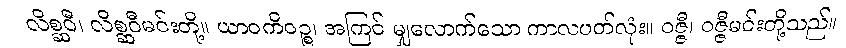
လိစ္ဆဝီ၊ လိစ္ဆဝီမင်းတို့။ ယာဝကိဝဉ္စ၊ အကြင် မျှလောက်သော ကာလပတ်လုံး။ ဝဇ္ဇီ၊ ဝဇ္ဇီမင်းတို့သည်။